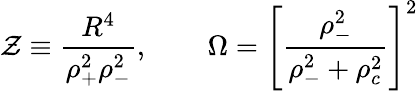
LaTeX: \mathcal{Z}\equiv\frac{{R^{4}}}{{\rho_{+}^{2}\rho_{-}^{2}}},\; \; \ \ \ \ \ \ \Omega=\left[\frac{{\rho_{-}^{2}}}{{\rho_{-}^{2}+\rho_{c}^{2}}}\right]^{2}